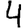
Digit: 4